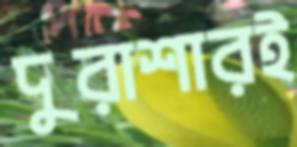
দুরাশারই